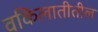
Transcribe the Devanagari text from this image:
वकिलातीतील